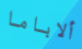
ألاباما